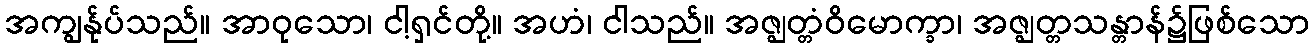
အကျွန်ုပ်သည်။ အာဝုသော၊ ငါ့ရှင်တို့။ အဟံ၊ ငါသည်။ အဇ္ဈတ္တံဝိမောက္ခာ၊ အဇ္ဈတ္တသန္တာန်၌ဖြစ်သော